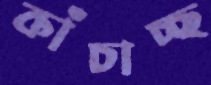
কাঁচাচ্ছ